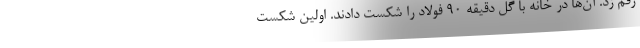
رقم زد. آن‌ها در خانه با گل دقیقه 90 فولاد را شکست دادند. اولین شکست